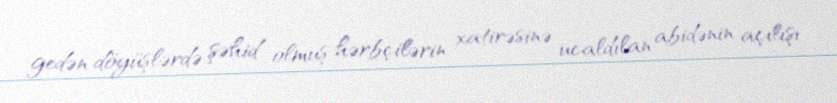
gedən döyüşlərdə şəhid olmuş hərbçilərin xatirəsinə ucaldılan abidənin açılışı